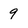
Character: 9